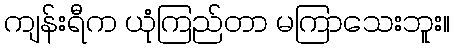
ကျန်းရီက ယုံကြည်တာ မကြာသေးဘူး။